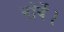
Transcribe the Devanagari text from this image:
नोर्वे।